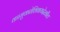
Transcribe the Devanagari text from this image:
कामुकतेशिवायदेखील